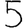
Digit: 5